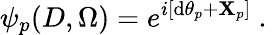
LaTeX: \left.\psi_{p}(D,\Omega)=e^{i\left[\mathrm{d}\theta_{p}+\mathbf{X}_{p}\right]}\ .\right.